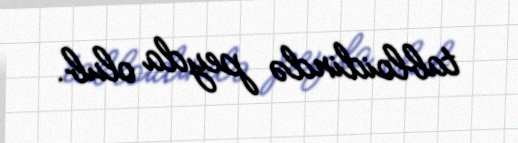
tabloidində peyda olub.